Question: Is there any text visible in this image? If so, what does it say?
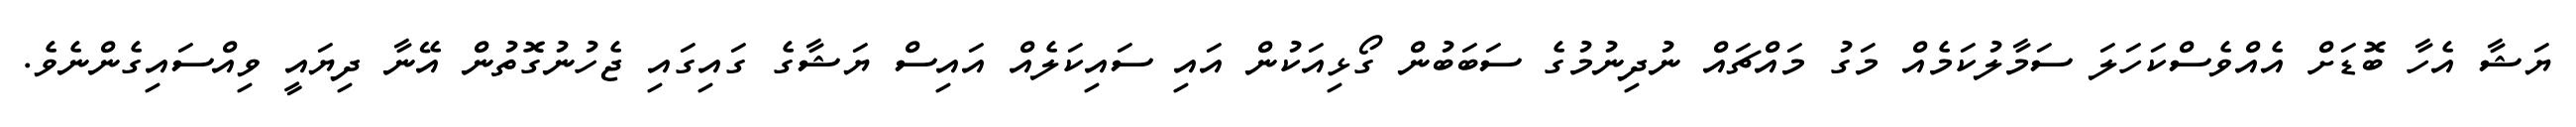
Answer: ޔަޝާ އެހާ ބޮޑަށް އެއްވެސްކަހަލަ ސަމާލުކަމެއް މަގު މައްޗައް ނުދިނުމުގެ ސަބަބުން ގޯޅިއަކުން އައި ސައިކަލެއް އައިސް ޔަޝާގެ ގައިގައި ޖެހުނުގޮތުން އޭނާ ދިޔައީ ވިއްސައިގެންނެވެ.